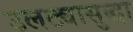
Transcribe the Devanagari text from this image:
उलट्यासुद्धा